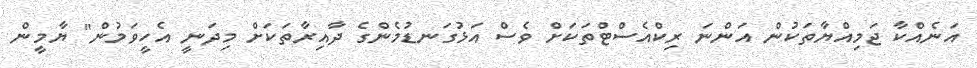
އަނެއްކާ ޖަމިއްޔާތަކުން އަންނަ ރިކްއެސްޓްތަކަށް ވެސް އަޅުގަނޑުމެންގެ ދާއިރާތަކަށް މިދަނީ އެހީވަމުން" ޔާމީން